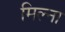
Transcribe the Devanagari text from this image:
मिल्ना